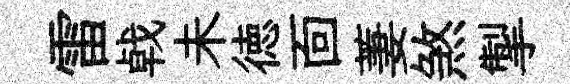
雷㦸未徳靣萋煞掣